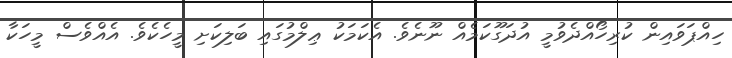
ހިއްޕަވައިން ކުރިހޯއްދެވުމީ އުދަގޫކަމެއް ނޫނެވެ. އެކަމަކު ޢިލްމުގައި ބަލިކަށި މީހެކެވެ. އެއްވެސް މީހަކާ